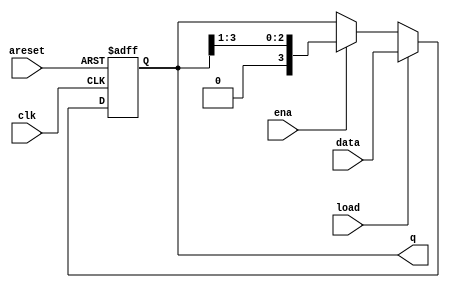
module top_module(
    input clk,
    input areset,  // async active-high reset to zero
    input load,
    input ena,
    input [3:0] data,
    output reg [3:0] q); 

    always @(posedge clk or posedge areset) begin
        if(areset)
        begin
            q <= 4'b0000;
        end
        else if(load)
        begin
            q <= data;
        end
        else if(ena)
        begin
            q <= (q >> 1);
        end
    end

endmodule